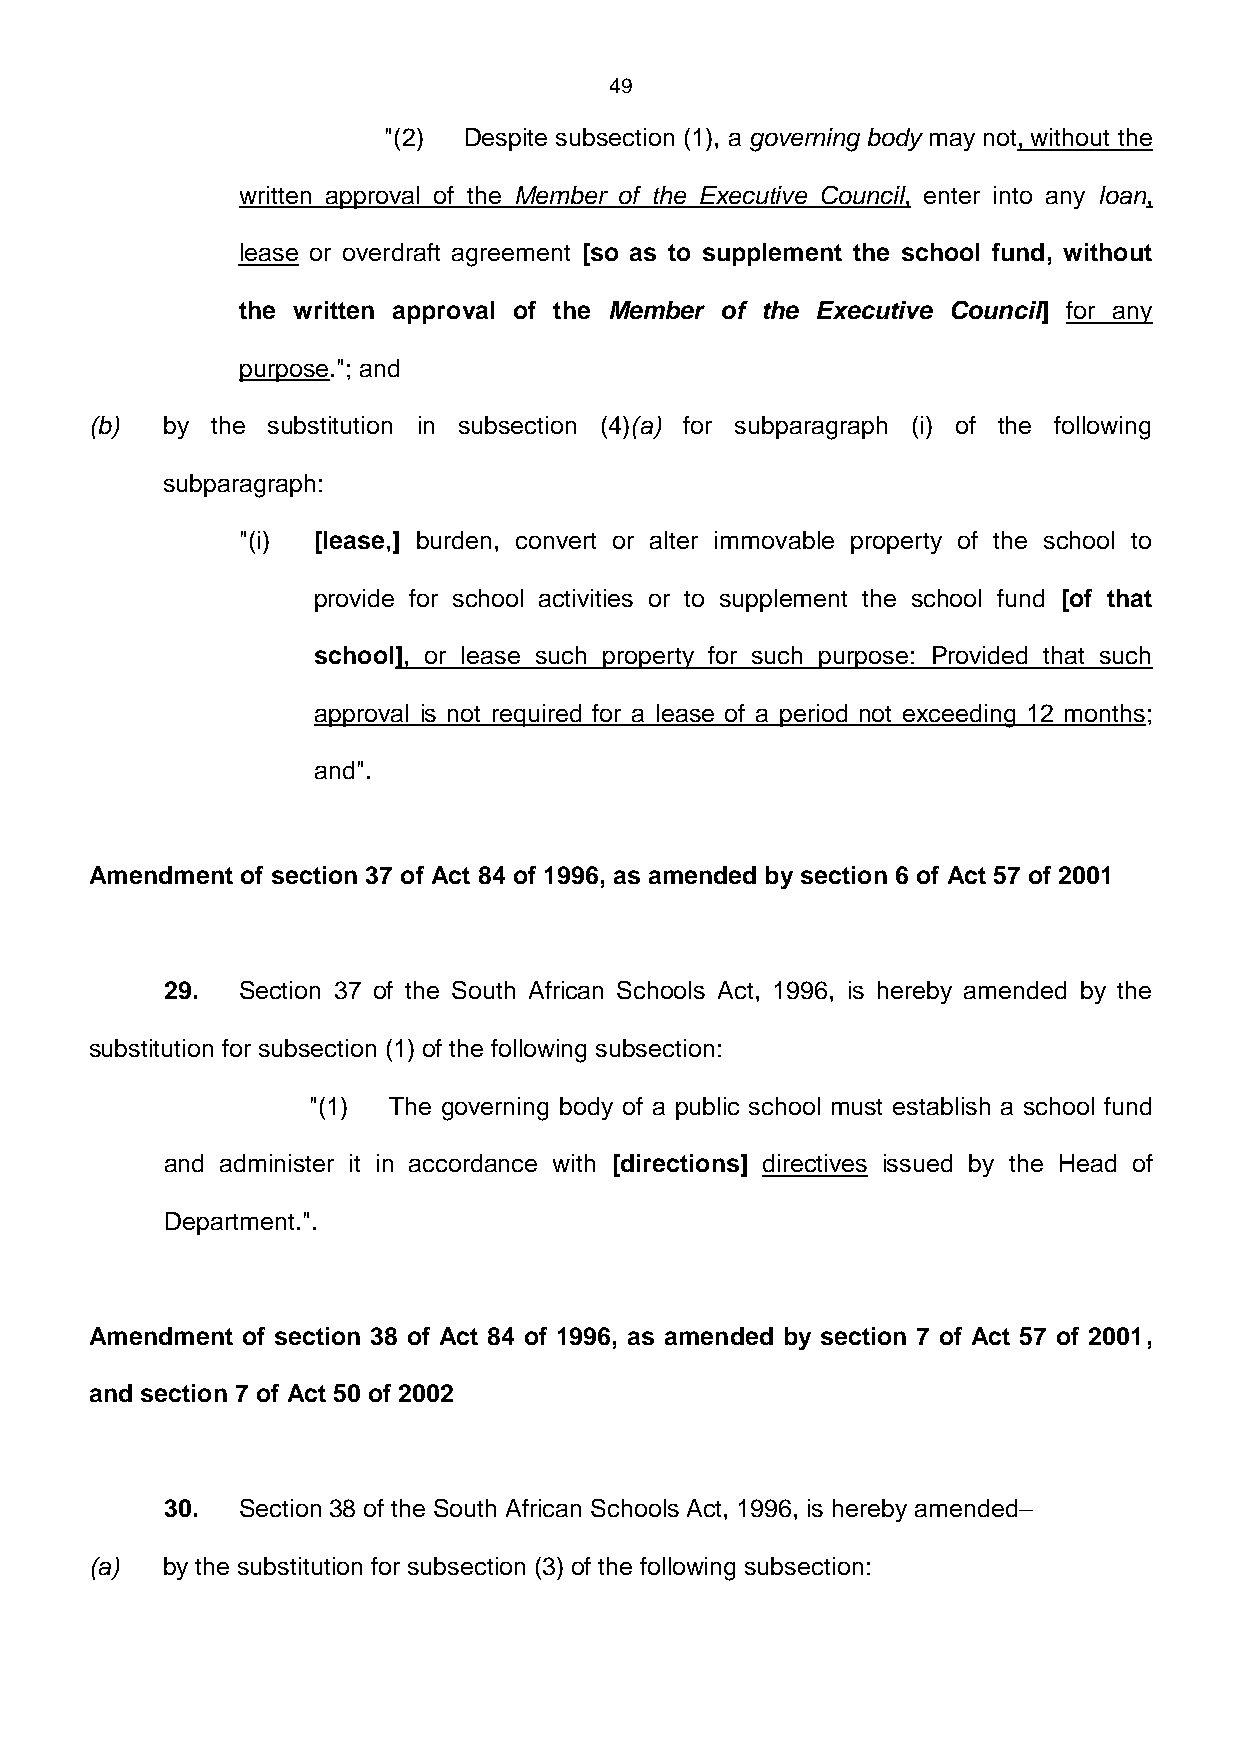
49
 "(2)  Despite subsection (1), a governing body may not, without the
 written approval of the Member of the Executive Council, enter into any loan,
 lease or overdraft agreement [so as to supplement the school fund, without
 the written approval of the Member of the Executive Council] for any
 purpose."; and
 (b)  by the substitution in subsection (4)(a) for subparagraph (i) of the following
 subparagraph:
 "(i) [lease,] burden, convert or alter immovable property of the school to
 provide for school activities or to supplement the school fund [of that
 school], or lease such property for such purpose: Provided that such
 approval is not required for a lease of a period not exceeding 12 months;
 and".
 Amendment of section 37 of Act 84 of 1996, as amended by section 6 of Act 57 of 2001
 29.  Section 37 of the South African Schools Act, 1996, is hereby amended by the
 substitution for subsection (1) of the following subsection:
 "(1)  The governing body of a public school must establish a school fund
 and administer it in accordance with [directions] directives issued by the Head of
 Department.".
 Amendment of section 38 of Act 84 of 1996, as amended by section 7 of Act 57 of 2001,
 and section 7 of Act 50 of 2002
 30.  Section 38 of the South African Schools Act, 1996, is hereby amended–
 (a)  by the substitution for subsection (3) of the following subsection: